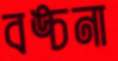
বঙ্চনা